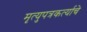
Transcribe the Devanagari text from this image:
मृत्युपत्रकर्त्याचे